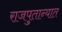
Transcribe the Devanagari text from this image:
राजपुतान्यात